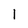
Character: 1